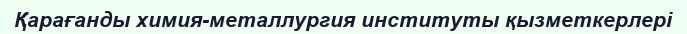
Қарағанды химия-металлургия институты қызметкерлері